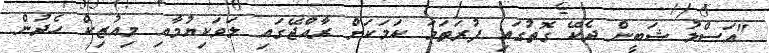
"އަސްލު ޝަބީން ދެކޭ ގޮތުގައި ފުރަތަމަ ކަމަކަށް ރާއްޖޭގައި ލަވަކިޔުމާއި މިއުޒިކް ހެދުން